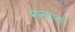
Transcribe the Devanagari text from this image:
मान्यानां